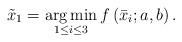
LaTeX: \begin{align*}{{\tilde x}_1} = \mathop {\arg \min }\limits_{1 \le i \le 3} f\left( {{{\bar x}_i};a,b} \right).\end{align*}